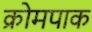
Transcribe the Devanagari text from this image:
क्रोमपाक